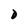
Character: D